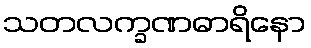
သတလက္ခဏဓာရိနော